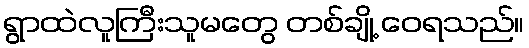
ရွာထဲလူကြီးသူမတွေ တစ်ချို့ ဝေရသည်။